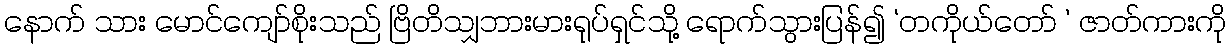
နောက် သား မောင်ကျော်စိုးသည် ဗြိတိသျှဘားမားရုပ်ရှင်သို့ ရောက်သွားပြန်၍ ‘တကိုယ်တော် ’ ဇာတ်ကားကို